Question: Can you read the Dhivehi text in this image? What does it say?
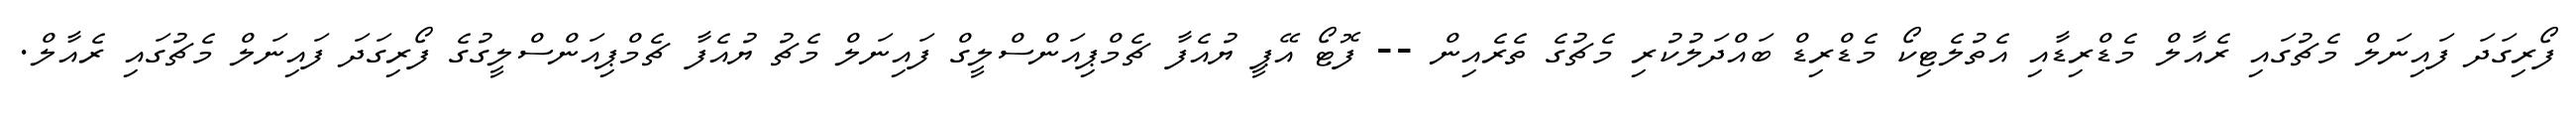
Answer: ފޯރިގަދަ ފައިނަލް މެޗުގައި ރެއާލް މެޑްރިޑާއި އެތުލެޓިކޯ މެޑްރިޑް ބައްދަލުކުރި މެޗުގެ ތެރެއިން -- ފޮޓޯ އޭޕީ ޔުއެފާ ޗެމްޕިއަންސްލީގް ފައިނަލް މެޗު ޔުއެފާ ޗެމްޕިއަންސްލީގުގެ ފޯރިގަދަ ފައިނަލް މެޗުގައި ރެއާލް.